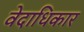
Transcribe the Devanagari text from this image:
वेदाधिकार